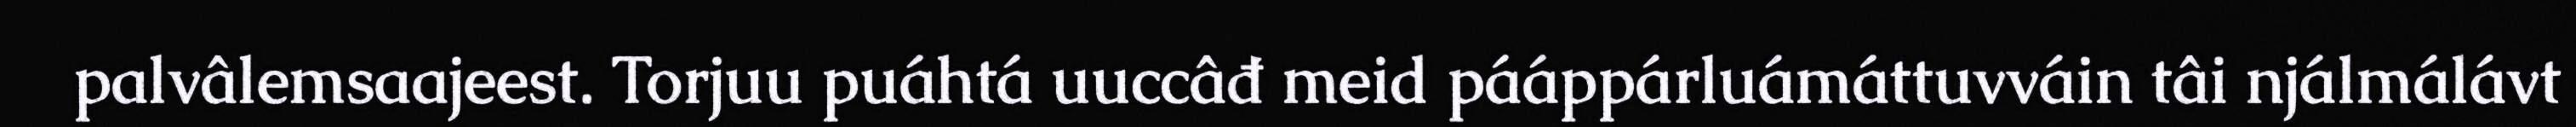
palvâlemsaajeest. Torjuu puáhtá uuccâđ meid pááppárluámáttuvváin tâi njálmálávt